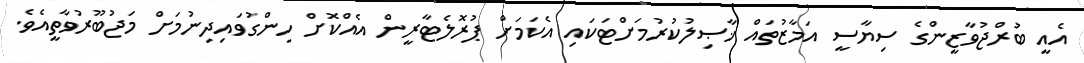
އެއީ ބުރްޖުވާޒީންގެ ސިޔާސީ އަމާޒުތައް ޚާޞިލުކުރުމަށްޓަކައި އެކަމަށް ޕުރޮލެޓާރީން އެއްކޮށް ހިންގުވައިދިނުމަށް މަޖުބޫރުވާތީއެވެ.